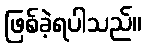
ဖြစ်ခဲ့ရပါသည်။